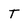
Character: T